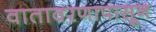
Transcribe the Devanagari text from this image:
वातावरणापासून